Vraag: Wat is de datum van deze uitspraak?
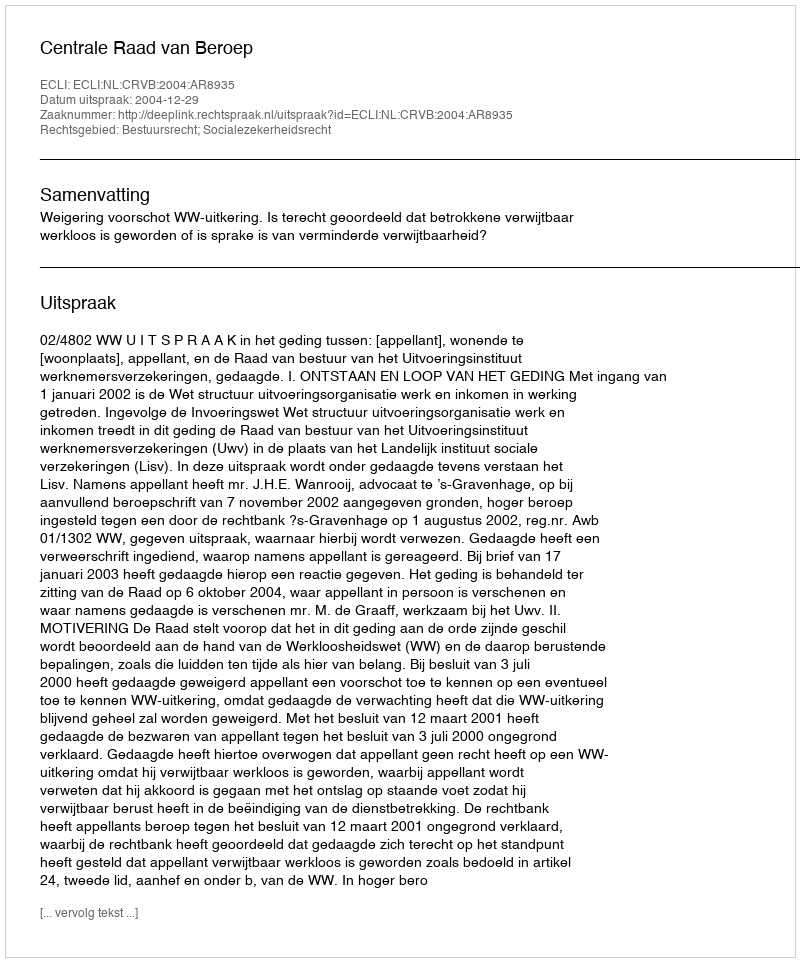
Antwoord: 2004-12-29